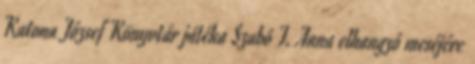
Katona József Könyvtár játéka Szabó T. Anna elhangzó meséjére